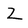
Character: Z